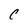
Character: C